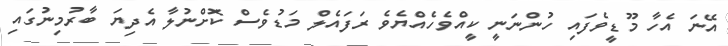
އޭނަ އެހާ މޫޑީވެފައި ހުންނަނީ ކީއްވެހެއްޔެވެ ރަފައެލް މަޑުވެސް ކޮށްނުލާ އެދިޔަ ބާރުމިނުގައި